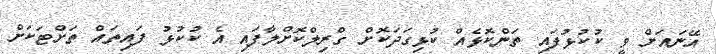
އޭނައަށް ވީ ކުކުޅުފައި ތަންކޮޅެއް ކުޅިގަދަކޮށް ގްރިލްކޮށްލާފައި އެ ކުކުޅު ފައިތައް ތަށްޓަކަށް